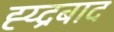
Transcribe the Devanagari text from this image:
ह्य्द्रबाद